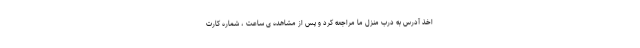
اخذ آدرس به درب منزل ما مراجعه کرد و پس از مشاهده ی ساعت ، شماره کارت